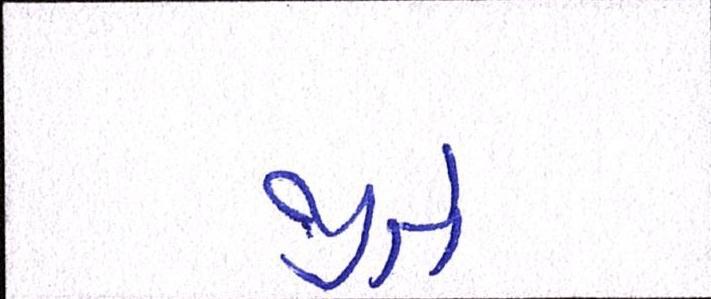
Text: જીતે